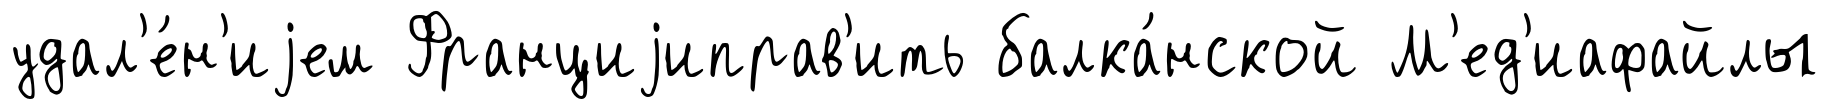
удал'е́н'иjем Франциjиправ'ить балка́нской М'ед'иафайлы